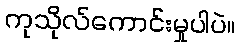
ကုသိုလ်ကောင်းမှုပါပဲ။